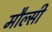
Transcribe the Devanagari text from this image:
मौल्सी